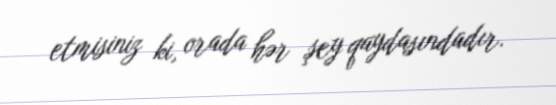
etmisiniz ki, orada hər şey qaydasındadır.